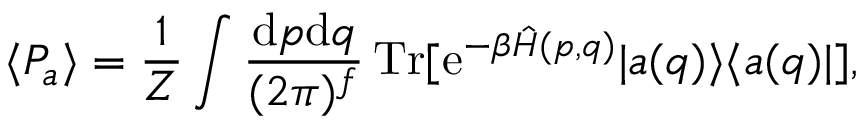
\langle { P } _ { a } \rangle = \frac { 1 } { Z } \int \frac { \mathrm { d } p \mathrm { d } q } { ( 2 \pi ) ^ { f } } \, \mathrm { T r } [ \mathrm { e } ^ { - \beta \hat { H } ( p , q ) } | a ( q ) \rangle \langle a ( q ) | ] ,